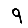
Digit: 9